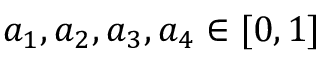
a _ { 1 } , a _ { 2 } , a _ { 3 } , a _ { 4 } \in [ 0 , 1 ]